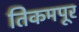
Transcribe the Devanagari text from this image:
तिकमपूर